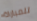
للمباراة